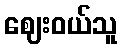
ဈေးဝယ်သူ